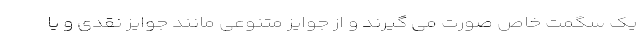
یک سگمت خاص صورت می گیرند و از جوایز متنوعی مانند جوایز نقدی و یا